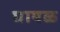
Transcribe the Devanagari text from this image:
घायळ